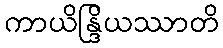
ကာယိန္ဒြိယဿာတိ